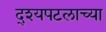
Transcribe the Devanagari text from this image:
द्श्यपटलाच्या